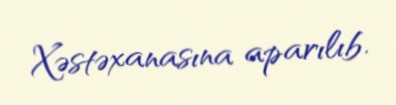
Xəstəxanasına aparılıb.